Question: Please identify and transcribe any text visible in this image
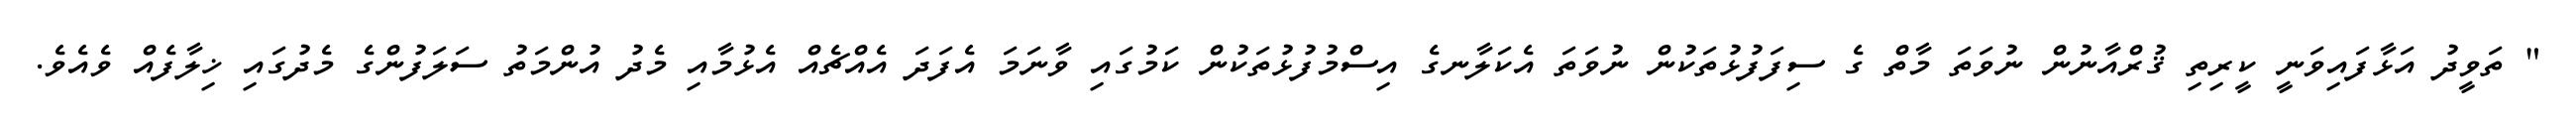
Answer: " ތަވީދު އަޅާފައިވަނީ ކީރިތި ޤުރްއާނުން ނުވަތަ މާތް ގެ ސިފަފުޅުތަކުން ނުވަތަ އެކަލާނގެ އިސްމުފުޅުތަކުން ކަމުގައި ވާނަމަ އެފަދަ އެއްޗެއް އެޅުމާއި މެދު އުންމަތު ސަލަފުންގެ މެދުގައި ޚިލާފެއް ވެއެވެ.